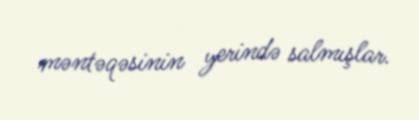
məntəqəsinin yerində salmışlar.